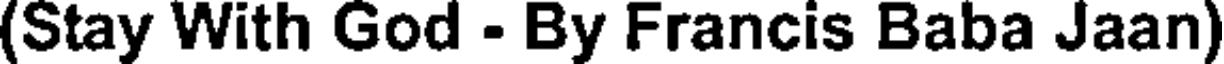
(Stay With God - By Francis Baba Jaan)